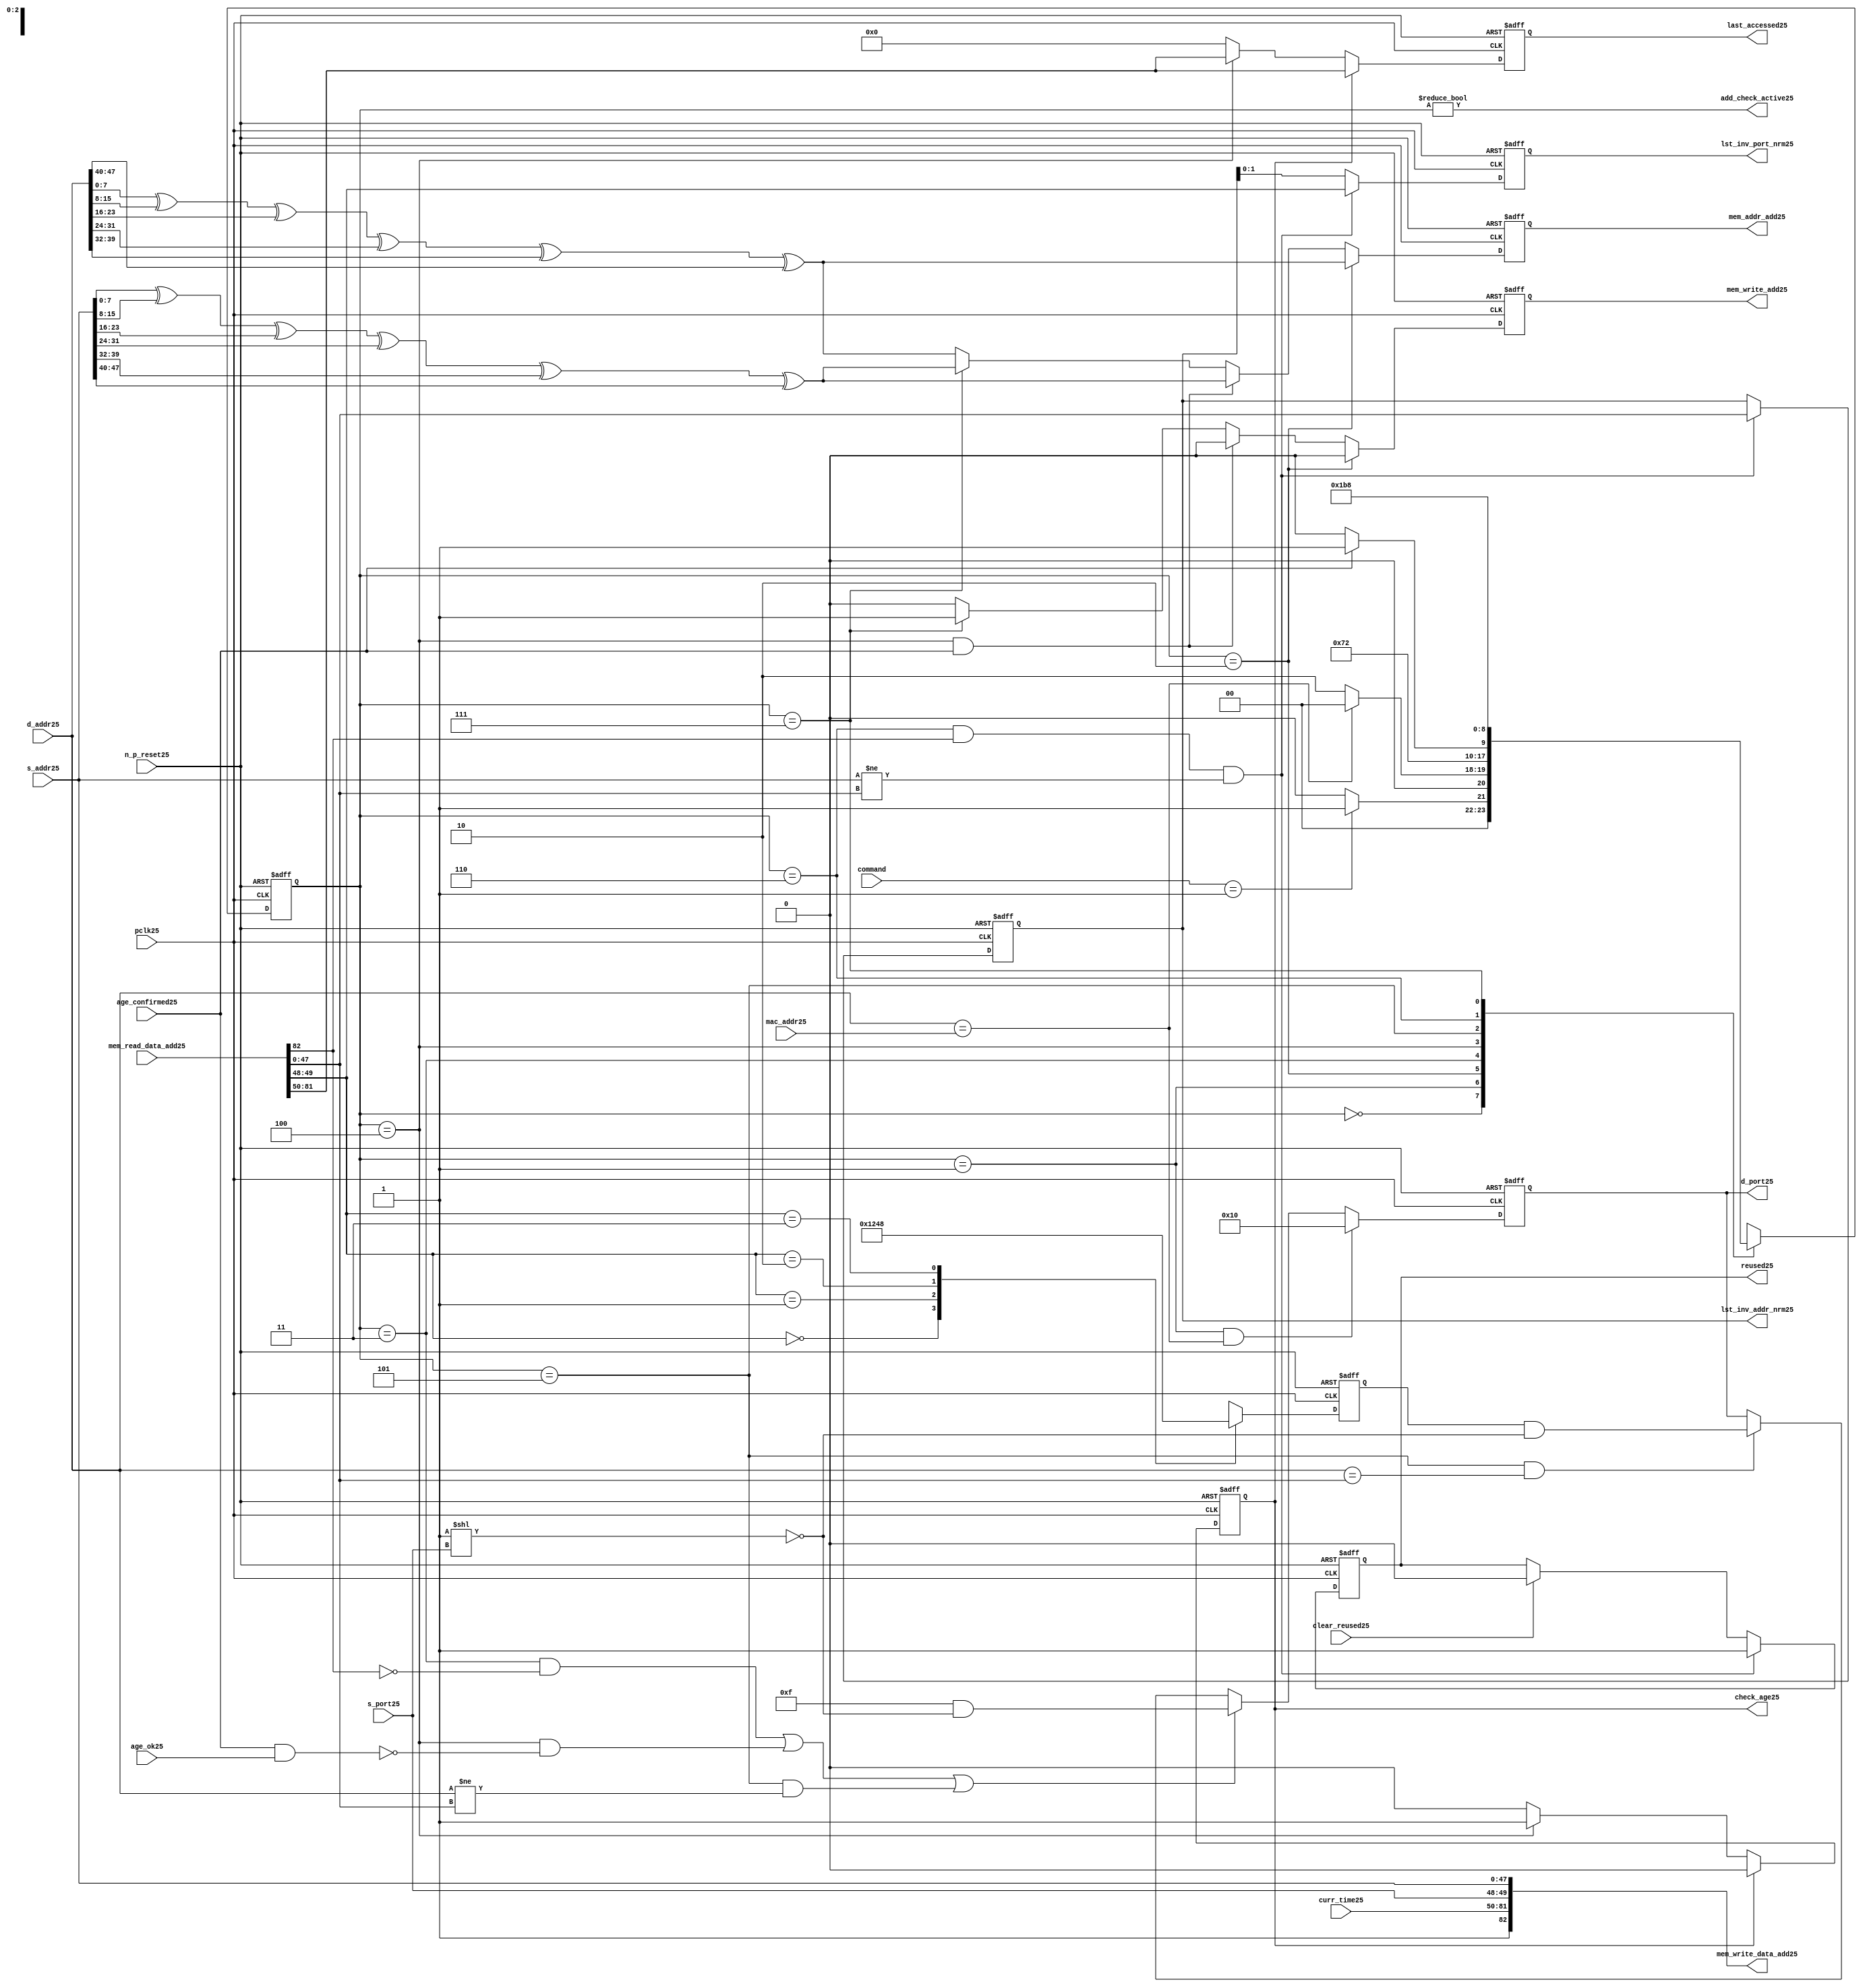
module alut_addr_checker25
(   
   // Inputs25
   pclk25,
   n_p_reset25,
   command,
   mac_addr25,
   d_addr25,
   s_addr25,
   s_port25,
   curr_time25,
   mem_read_data_add25,
   age_confirmed25,
   age_ok25,
   clear_reused25,

   //outputs25
   d_port25,
   add_check_active25,
   mem_addr_add25,
   mem_write_add25,
   mem_write_data_add25,
   lst_inv_addr_nrm25,
   lst_inv_port_nrm25,
   check_age25,
   last_accessed25,
   reused25
);



   input               pclk25;               // APB25 clock25                           
   input               n_p_reset25;          // Reset25                               
   input [1:0]         command;            // command bus                        
   input [47:0]        mac_addr25;           // address of the switch25              
   input [47:0]        d_addr25;             // address of frame25 to be checked25     
   input [47:0]        s_addr25;             // address of frame25 to be stored25      
   input [1:0]         s_port25;             // source25 port of current frame25       
   input [31:0]        curr_time25;          // current time,for storing25 in mem    
   input [82:0]        mem_read_data_add25;  // read data from mem                 
   input               age_confirmed25;      // valid flag25 from age25 checker        
   input               age_ok25;             // result from age25 checker 
   input               clear_reused25;       // read/clear flag25 for reused25 signal25           

   output [4:0]        d_port25;             // calculated25 destination25 port for tx25 
   output              add_check_active25;   // bit 0 of status register           
   output [7:0]        mem_addr_add25;       // hash25 address for R/W25 to memory     
   output              mem_write_add25;      // R/W25 flag25 (write = high25)            
   output [82:0]       mem_write_data_add25; // write data for memory             
   output [47:0]       lst_inv_addr_nrm25;   // last invalidated25 addr normal25 op    
   output [1:0]        lst_inv_port_nrm25;   // last invalidated25 port normal25 op    
   output              check_age25;          // request flag25 for age25 check
   output [31:0]       last_accessed25;      // time field sent25 for age25 check
   output              reused25;             // indicates25 ALUT25 location25 overwritten25

   reg   [2:0]         add_chk_state25;      // current address checker state
   reg   [2:0]         nxt_add_chk_state25;  // current address checker state
   reg   [4:0]         d_port25;             // calculated25 destination25 port for tx25 
   reg   [3:0]         port_mem25;           // bitwise25 conversion25 of 2bit port
   reg   [7:0]         mem_addr_add25;       // hash25 address for R/W25 to memory
   reg                 mem_write_add25;      // R/W25 flag25 (write = high25)            
   reg                 reused25;             // indicates25 ALUT25 location25 overwritten25
   reg   [47:0]        lst_inv_addr_nrm25;   // last invalidated25 addr normal25 op    
   reg   [1:0]         lst_inv_port_nrm25;   // last invalidated25 port normal25 op    
   reg                 check_age25;          // request flag25 for age25 checker
   reg   [31:0]        last_accessed25;      // time field sent25 for age25 check


   wire   [7:0]        s_addr_hash25;        // hash25 of address for storing25
   wire   [7:0]        d_addr_hash25;        // hash25 of address for checking
   wire   [82:0]       mem_write_data_add25; // write data for memory  
   wire                add_check_active25;   // bit 0 of status register           


// Parameters25 for Address Checking25 FSM25 states25
   parameter idle25           = 3'b000;
   parameter mac_addr_chk25   = 3'b001;
   parameter read_dest_add25  = 3'b010;
   parameter valid_chk25      = 3'b011;
   parameter age_chk25        = 3'b100;
   parameter addr_chk25       = 3'b101;
   parameter read_src_add25   = 3'b110;
   parameter write_src25      = 3'b111;


// -----------------------------------------------------------------------------
//   Hash25 conversion25 of source25 and destination25 addresses25
// -----------------------------------------------------------------------------
   assign s_addr_hash25 = s_addr25[7:0] ^ s_addr25[15:8] ^ s_addr25[23:16] ^
                        s_addr25[31:24] ^ s_addr25[39:32] ^ s_addr25[47:40];

   assign d_addr_hash25 = d_addr25[7:0] ^ d_addr25[15:8] ^ d_addr25[23:16] ^
                        d_addr25[31:24] ^ d_addr25[39:32] ^ d_addr25[47:40];



// -----------------------------------------------------------------------------
//   State25 Machine25 For25 handling25 the destination25 address checking process and
//   and storing25 of new source25 address and port values.
// -----------------------------------------------------------------------------
always @ (command or add_chk_state25 or age_confirmed25 or age_ok25)
   begin
      case (add_chk_state25)
      
      idle25:
         if (command == 2'b01)
            nxt_add_chk_state25 = mac_addr_chk25;
         else
            nxt_add_chk_state25 = idle25;

      mac_addr_chk25:   // check if destination25 address match MAC25 switch25 address
         if (d_addr25 == mac_addr25)
            nxt_add_chk_state25 = idle25;  // return dest25 port as 5'b1_0000
         else
            nxt_add_chk_state25 = read_dest_add25;

      read_dest_add25:       // read data from memory using hash25 of destination25 address
            nxt_add_chk_state25 = valid_chk25;

      valid_chk25:      // check if read data had25 valid bit set
         nxt_add_chk_state25 = age_chk25;

      age_chk25:        // request age25 checker to check if still in date25
         if (age_confirmed25)
            nxt_add_chk_state25 = addr_chk25;
         else
            nxt_add_chk_state25 = age_chk25; 

      addr_chk25:       // perform25 compare between dest25 and read addresses25
            nxt_add_chk_state25 = read_src_add25; // return read port from ALUT25 mem

      read_src_add25:   // read from memory location25 about25 to be overwritten25
            nxt_add_chk_state25 = write_src25; 

      write_src25:      // write new source25 data (addr and port) to memory
            nxt_add_chk_state25 = idle25; 

      default:
            nxt_add_chk_state25 = idle25;
      endcase
   end


// destination25 check FSM25 current state
always @ (posedge pclk25 or negedge n_p_reset25)
   begin
   if (~n_p_reset25)
      add_chk_state25 <= idle25;
   else
      add_chk_state25 <= nxt_add_chk_state25;
   end



// -----------------------------------------------------------------------------
//   Generate25 returned value of port for sending25 new frame25 to
// -----------------------------------------------------------------------------
always @ (posedge pclk25 or negedge n_p_reset25)
   begin
   if (~n_p_reset25)
      d_port25 <= 5'b0_1111;
   else if ((add_chk_state25 == mac_addr_chk25) & (d_addr25 == mac_addr25))
      d_port25 <= 5'b1_0000;
   else if (((add_chk_state25 == valid_chk25) & ~mem_read_data_add25[82]) |
            ((add_chk_state25 == age_chk25) & ~(age_confirmed25 & age_ok25)) |
            ((add_chk_state25 == addr_chk25) & (d_addr25 != mem_read_data_add25[47:0])))
      d_port25 <= 5'b0_1111 & ~( 1 << s_port25 );
   else if ((add_chk_state25 == addr_chk25) & (d_addr25 == mem_read_data_add25[47:0]))
      d_port25 <= {1'b0, port_mem25} & ~( 1 << s_port25 );
   else
      d_port25 <= d_port25;
   end


// -----------------------------------------------------------------------------
//   convert read port source25 value from 2bits to bitwise25 4 bits
// -----------------------------------------------------------------------------
always @ (posedge pclk25 or negedge n_p_reset25)
   begin
   if (~n_p_reset25)
      port_mem25 <= 4'b1111;
   else begin
      case (mem_read_data_add25[49:48])
         2'b00: port_mem25 <= 4'b0001;
         2'b01: port_mem25 <= 4'b0010;
         2'b10: port_mem25 <= 4'b0100;
         2'b11: port_mem25 <= 4'b1000;
      endcase
   end
   end
   


// -----------------------------------------------------------------------------
//   Set active bit of status, decoded25 off25 add_chk_state25
// -----------------------------------------------------------------------------
assign add_check_active25 = (add_chk_state25 != 3'b000);


// -----------------------------------------------------------------------------
//   Generate25 memory addressing25 signals25.
//   The check address command will be taken25 as the indication25 from SW25 that the 
//   source25 fields (address and port) can be written25 to memory. 
// -----------------------------------------------------------------------------
always @ (posedge pclk25 or negedge n_p_reset25)
   begin
   if (~n_p_reset25) 
   begin
       mem_write_add25 <= 1'b0;
       mem_addr_add25  <= 8'd0;
   end
   else if (add_chk_state25 == read_dest_add25)
   begin
       mem_write_add25 <= 1'b0;
       mem_addr_add25  <= d_addr_hash25;
   end
// Need25 to set address two25 cycles25 before check
   else if ( (add_chk_state25 == age_chk25) && age_confirmed25 )
   begin
       mem_write_add25 <= 1'b0;
       mem_addr_add25  <= s_addr_hash25;
   end
   else if (add_chk_state25 == write_src25)
   begin
       mem_write_add25 <= 1'b1;
       mem_addr_add25  <= s_addr_hash25;
   end
   else
   begin
       mem_write_add25 <= 1'b0;
       mem_addr_add25  <= d_addr_hash25;
   end
   end


// -----------------------------------------------------------------------------
//   Generate25 databus25 for writing to memory
//   Data written25 to memory from address checker will always be valid
// -----------------------------------------------------------------------------
assign mem_write_data_add25 = {1'b1, curr_time25, s_port25, s_addr25};



// -----------------------------------------------------------------------------
//   Evaluate25 read back data that is about25 to be overwritten25 with new source25 
//   address and port values. Decide25 whether25 the reused25 flag25 must be set and
//   last_inval25 address and port values updated.
//   reused25 needs25 to be implemented as read and clear
// -----------------------------------------------------------------------------
always @ (posedge pclk25 or negedge n_p_reset25)
   begin
   if (~n_p_reset25) 
   begin
      reused25 <= 1'b0;
      lst_inv_addr_nrm25 <= 48'd0;
      lst_inv_port_nrm25 <= 2'd0;
   end
   else if ((add_chk_state25 == read_src_add25) & mem_read_data_add25[82] &
            (s_addr25 != mem_read_data_add25[47:0]))
   begin
      reused25 <= 1'b1;
      lst_inv_addr_nrm25 <= mem_read_data_add25[47:0];
      lst_inv_port_nrm25 <= mem_read_data_add25[49:48];
   end
   else if (clear_reused25)
   begin
      reused25 <= 1'b0;
      lst_inv_addr_nrm25 <= lst_inv_addr_nrm25;
      lst_inv_port_nrm25 <= lst_inv_addr_nrm25;
   end
   else 
   begin
      reused25 <= reused25;
      lst_inv_addr_nrm25 <= lst_inv_addr_nrm25;
      lst_inv_port_nrm25 <= lst_inv_addr_nrm25;
   end
   end


// -----------------------------------------------------------------------------
//   Generate25 signals25 for age25 checker to perform25 in-date25 check
// -----------------------------------------------------------------------------
always @ (posedge pclk25 or negedge n_p_reset25)
   begin
   if (~n_p_reset25) 
   begin
      check_age25 <= 1'b0;  
      last_accessed25 <= 32'd0;
   end
   else if (check_age25)
   begin
      check_age25 <= 1'b0;  
      last_accessed25 <= mem_read_data_add25[81:50];
   end
   else if (add_chk_state25 == age_chk25)
   begin
      check_age25 <= 1'b1;  
      last_accessed25 <= mem_read_data_add25[81:50];
   end
   else 
   begin
      check_age25 <= 1'b0;  
      last_accessed25 <= 32'd0;
   end
   end


`ifdef ABV_ON25

// psl25 default clock25 = (posedge pclk25);

// ASSERTION25 CHECKS25
/* Commented25 out as also checking in toplevel25
// it should never be possible25 for the destination25 port to indicate25 the MAC25
// switch25 address and one of the other 4 Ethernets25
// psl25 assert_valid_dest_port25 : assert never (d_port25[4] & |{d_port25[3:0]});


// COVER25 SANITY25 CHECKS25
// check all values of destination25 port can be returned.
// psl25 cover_d_port_025 : cover { d_port25 == 5'b0_0001 };
// psl25 cover_d_port_125 : cover { d_port25 == 5'b0_0010 };
// psl25 cover_d_port_225 : cover { d_port25 == 5'b0_0100 };
// psl25 cover_d_port_325 : cover { d_port25 == 5'b0_1000 };
// psl25 cover_d_port_425 : cover { d_port25 == 5'b1_0000 };
// psl25 cover_d_port_all25 : cover { d_port25 == 5'b0_1111 };
*/
`endif


endmodule